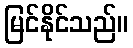
မြင်နိုင်သည်။